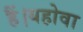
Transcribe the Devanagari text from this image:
हैं।यहोवा